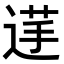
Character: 𮞞